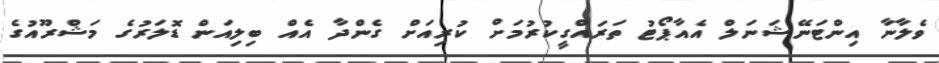
ވެލާނާ އިންޓަނޭޝަނަލް އެއާޕޯޓު ތަރައްގީކުރުމަށް ކުރިއަށް ގެންދާ އެއް ބިލިއަން ޑޮލަރުގެ މަޝްރޫއުގެ